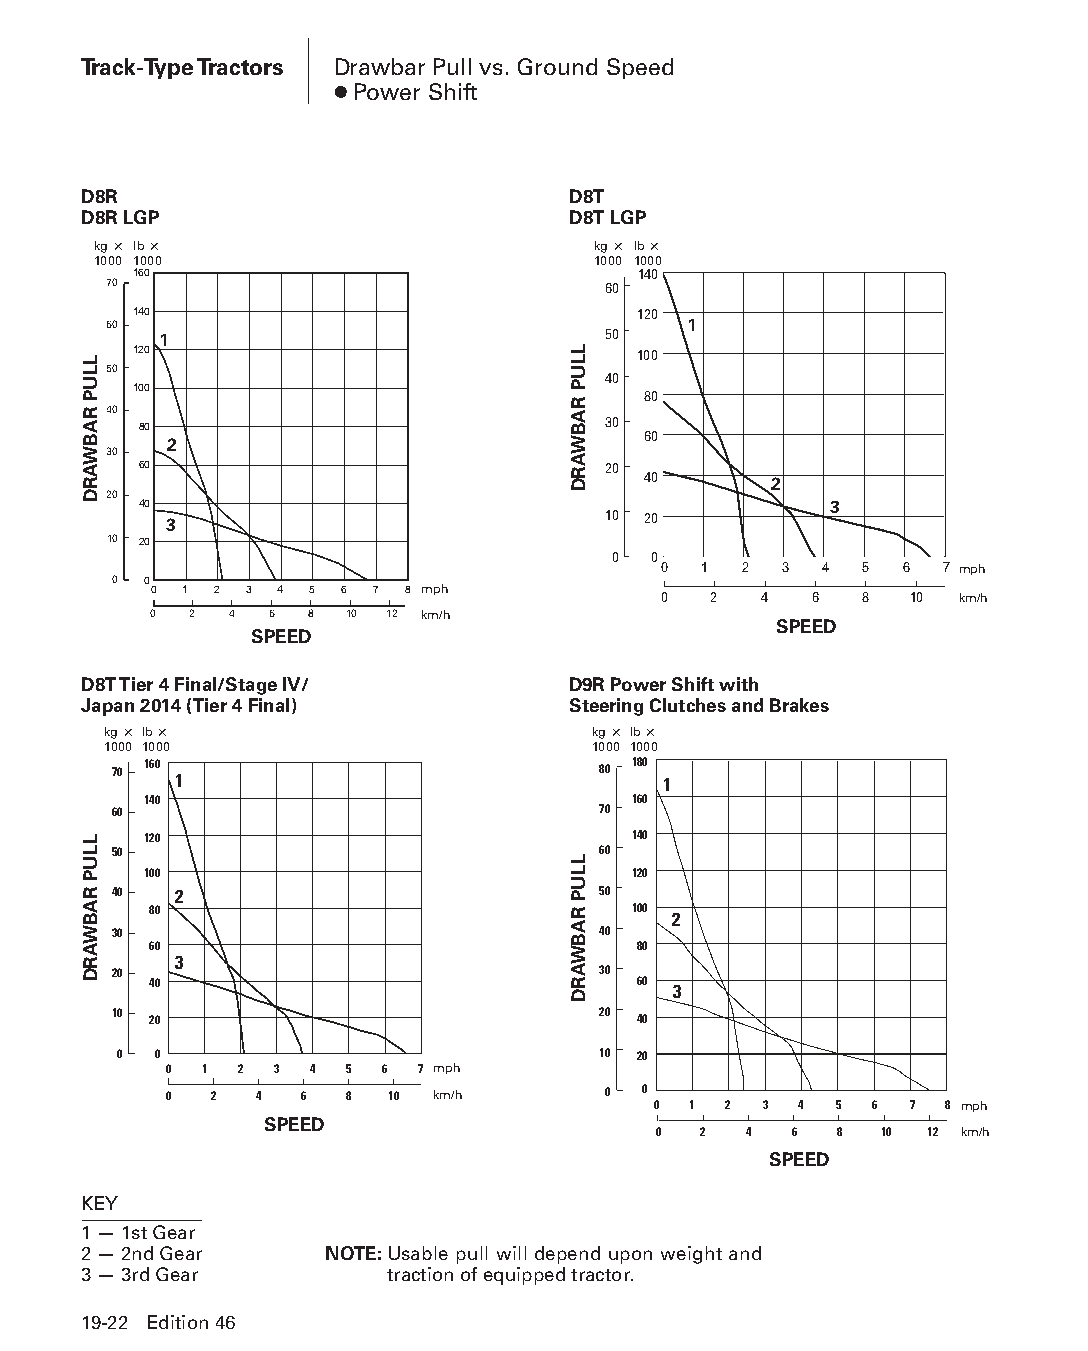
Track-Type Tractors Drawbar Pull vs. Ground Speed
 ● Power Shift
 D8R                             D8T
 D8R LGP                         D8T LGP
 kg × lb ×                        kg × lb ×
 1000 1000                        1000 1000
 160                               140
 70                               60
 140                               120
 60                                     1
 1                            50
 120                               100
 50
 40
 100                               80
 40
 80                            30
 60
 2
 30
 60                            20
 40      2
 20
 40                                           3
 3                            10 20
 10 20
 0 0
 0  1 2  3  4 5  6  7 mph
 0 0
 0 1  2 3 4 5 6 7 8 mph            0  2   4  6  8   10 km/h
 0  2  4 6  8 10 12 km/h
 SPEED
 SPEED
 D8T Tier 4 Final/Stage IV/      D9R Power Shift with
 Japan 2014 (Tier 4 Final)       Steering Clutches and Brakes
 kg × lb ×                        kg × lb ×
 1000 1000                        1000 1000
 70 160 1                        80 180 1
 140                             160
 60                              70
 120                             140
 50                              60
 100                             120
 40  2                           50
 80                              100 2
 30                              40
 60                               80
 3
 20                              30
 40                               60 3
 10 20                           20 40
 0  0                            10 20
 0  1 2  3 4 5  6 7 mph
 0  2  4  6  8  10 km/h       0  0
 0 1 2  3 4  5 6  7 8 mph
 SPEED
 0  2  4  6  8  10 12 km/h
 SPEED
 KEY
 1 — 1st Gear
 2 — 2nd Gear    NOTE: Usable pull will depend upon weight and
 3 — 3rd Gear        traction of equipped tractor.
 19-22 Edition 46
 PPHHBB--SSeecc1199--TTrraacckk--TTyyppeeTTrraaccttoorrss((ppgg0011--2288))..iinndddd 2222 1122//44//1155 1100::5588 AAMM
 LLUP
 RABWARD
 LLUP
 RABWARD
 LLUP
 RABWARD
 LLUP
 RABWARD